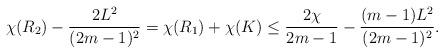
LaTeX: \begin{align*}\chi(R_2)-\frac{2L^2}{(2m-1)^2}=\chi(R_1)+\chi(K)\leq \frac{2\chi}{2m-1}-\frac{(m-1)L^2}{(2m-1)^2}.\end{align*}